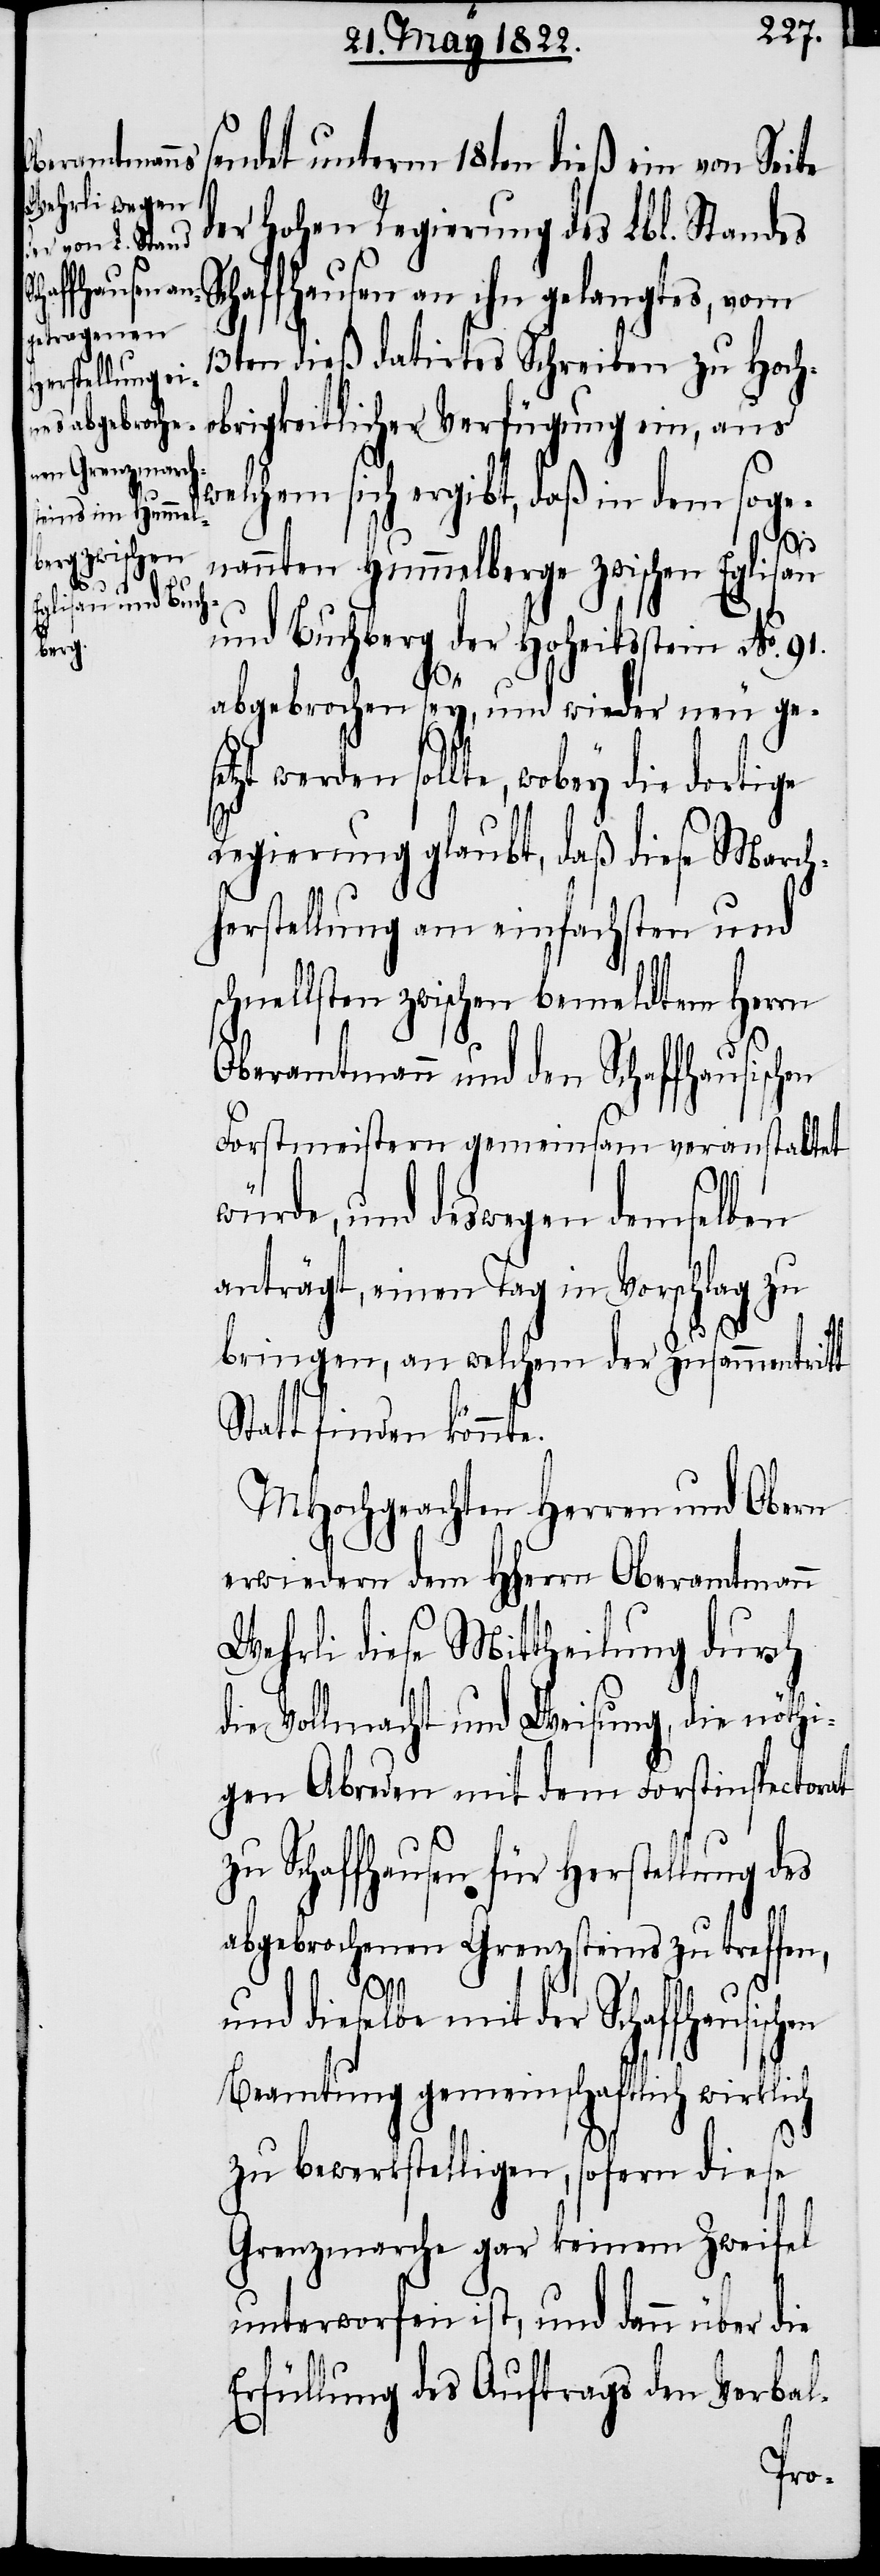
te.
en

sendet unterm 18ten dieß ein von Seite
der hohen Regierung des Lbl. Standes
Schaffhausen an ihn gelangtes, vom
13ten dieß datirtes Schreiben zu Hoch¬
obrigkeitlicher Verfügung ein, aus
welchem sich ergibt, daß in dem soge¬
nannten Hummelberge zwischen Eglisau
und Buchberg der Hoheitsstein No. 91.
abgebrochen sey, und wieder neu ge¬
Regierung glaubt, daß diese March¬
herstellung am einfachsten und
schnellsten zwischen bemeldtem Herrn
Oberamtmann und den Schaffhausisch¬
Forstmeistern gemeinsam veranstaltet
würde, und deswegen demselben
anträgt, einen Tag in Vorschlag zu
bringen, an welchem der Zusammentritt
Statt finden könn¬
MHochgeachten Herren und Obern
erwiedern dem HHerrn Oberamtmann
Wehrli diese Mittheilung durch
die Vollmacht und Weisung, die nöthi¬
gen Abreden mit dem Forstinspectorat
Schaffhausen für Herstellung des
abgebrochenen Grenzsteins zu treffen,
die
und dieselbe mit der Schaffhausischen
Beamtung gemeinschaftlich wirklich
zu bewerkstelligen, sofern diese
Grenzmarche gar keinem Zweifel
unterworfen ist, und dann über die
Erfüllung des Auftrags den Verbal-